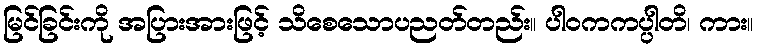
မြင်ခြင်းကို အပြားအားဖြင့် သိစေသောပညတ်တည်း။ ပါဝကကပ္ပါတိ၊ ကား။